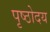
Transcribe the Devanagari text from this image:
पृष्ठोदय